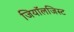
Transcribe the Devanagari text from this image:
जियॉलजिस्ट